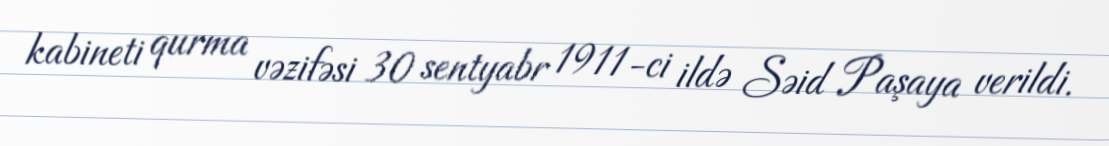
kabineti qurma vəzifəsi 30 sentyabr 1911-ci ildə Səid Paşaya verildi.